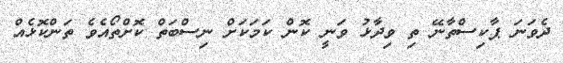
ދެވަނަ ޕާކިސްތާނޭ ތި ވިދާޅު ވަނީ ކޮން ކަމަކަށް ނިސްބަތް ކޮށްތޯއެވެ ތަންކޮޅެއް